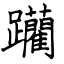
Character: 躪